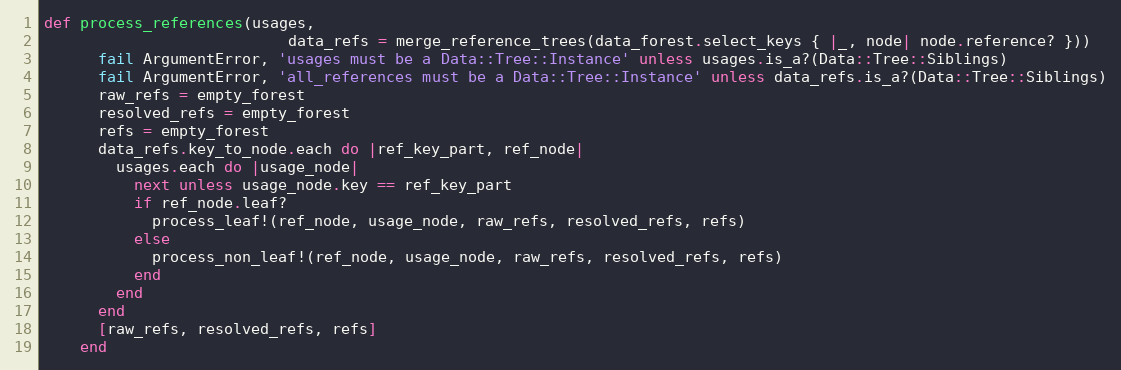
Language: Ruby
def process_references(usages,
                           data_refs = merge_reference_trees(data_forest.select_keys { |_, node| node.reference? }))
      fail ArgumentError, 'usages must be a Data::Tree::Instance' unless usages.is_a?(Data::Tree::Siblings)
      fail ArgumentError, 'all_references must be a Data::Tree::Instance' unless data_refs.is_a?(Data::Tree::Siblings)
      raw_refs = empty_forest
      resolved_refs = empty_forest
      refs = empty_forest
      data_refs.key_to_node.each do |ref_key_part, ref_node|
        usages.each do |usage_node|
          next unless usage_node.key == ref_key_part
          if ref_node.leaf?
            process_leaf!(ref_node, usage_node, raw_refs, resolved_refs, refs)
          else
            process_non_leaf!(ref_node, usage_node, raw_refs, resolved_refs, refs)
          end
        end
      end
      [raw_refs, resolved_refs, refs]
    end